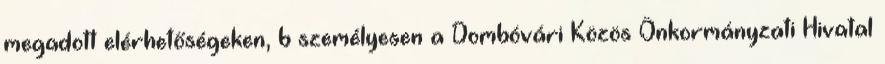
megadott elérhetőségeken, b személyesen a Dombóvári Közös Önkormányzati Hivatal